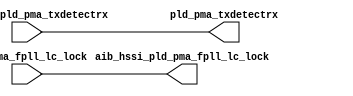
// This program was cloned from: https://github.com/chipsalliance/aib-phy-hardware
// License: Apache License 2.0

// SPDX-License-Identifier: Apache-2.0
// Copyright (C) 2019 Intel Corporation. 
module c3aibadapt_txasync_direct (
// PCS IF
input	wire		pld_pma_fpll_lc_lock,

// AIB IF
input   wire            aib_hssi_pld_pma_txdetectrx,

// PCS IF
output	wire		pld_pma_txdetectrx,

// AIB IF
output  wire            aib_hssi_pld_pma_fpll_lc_lock

);


assign pld_pma_txdetectrx            = aib_hssi_pld_pma_txdetectrx;
assign aib_hssi_pld_pma_fpll_lc_lock = pld_pma_fpll_lc_lock;

endmodule